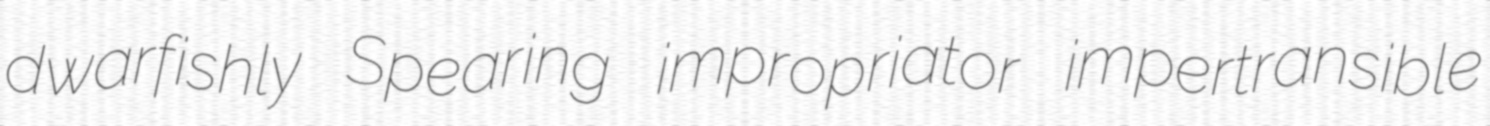
dwarfishly Spearing impropriator impertransible